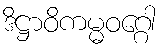
ဒိဋ္ဌာဝိကမ္မဝဂ္ဂေါ